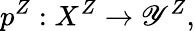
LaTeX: p^{Z}:X^{Z}\to\mathscr{Y}^{Z},